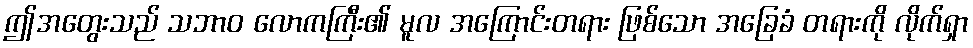
ဤအတွေးသည် သဘာဝ လောကကြီး၏ မူလ အကြောင်းတရား ဖြစ်သော အခြေခံ တရားကို လိုက်ရှာ